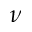
\nu